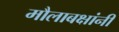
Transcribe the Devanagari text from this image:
मौलाबक्षांनी